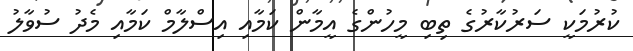
ކުރުމަކީ ސަރުކާރުގެ ތިބި މީހުންގެ އީމާން ކަމާއި އިސްލާމް ކަމާއި މެދު ސުވާލު